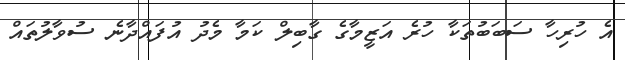
އެ ހުރިހާ ސަބަބުތަކާ ހުރެ އަޒީމާގެ ގާބިލް ކަމާ މެދު އުފައްދާނެ ސުވާލުތައް